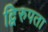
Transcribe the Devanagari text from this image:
द्विरुपता